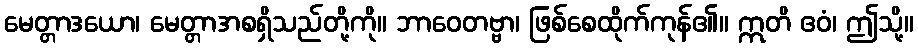
မေတ္တာဒယော၊ မေတ္တာအစရှိသည်တို့ကို။ ဘာဝေတဗ္ဗာ၊ ဖြစ်စေထိုက်ကုန်၏။ ဣတိ ဧဝံ၊ ဤသို့။